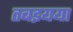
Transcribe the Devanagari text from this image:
तबइयया